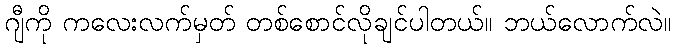
ဂျီကို ကလေးလက်မှတ် တစ်စောင်လိုချင်ပါတယ်။ ဘယ်လောက်လဲ။